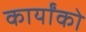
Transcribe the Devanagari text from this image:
कार्योंको